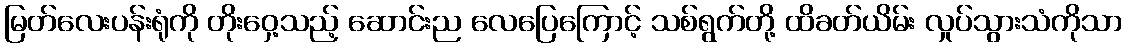
မြတ်လေးပန်းရုံကို တိုးဝှေ့သည့် ဆောင်းည လေပြေကြောင့် သစ်ရွက်တို့ ထိခတ်ယိမ်း လှုပ်သွားသံကိုသာ